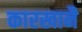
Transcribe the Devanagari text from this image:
कारखानै